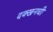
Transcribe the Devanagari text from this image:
दक्खनची